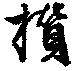
攅